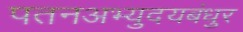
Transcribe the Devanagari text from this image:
पतनअभ्युदयबंधुर